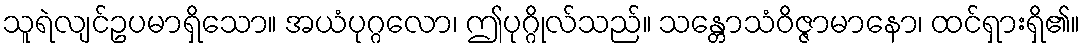
သူရဲလျင်ဥပမာရှိသော။ အယံပုဂ္ဂလော၊ ဤပုဂ္ဂိုလ်သည်။ သန္တောသံဝိဇ္ဇာမာနော၊ ထင်ရှားရှိ၏။